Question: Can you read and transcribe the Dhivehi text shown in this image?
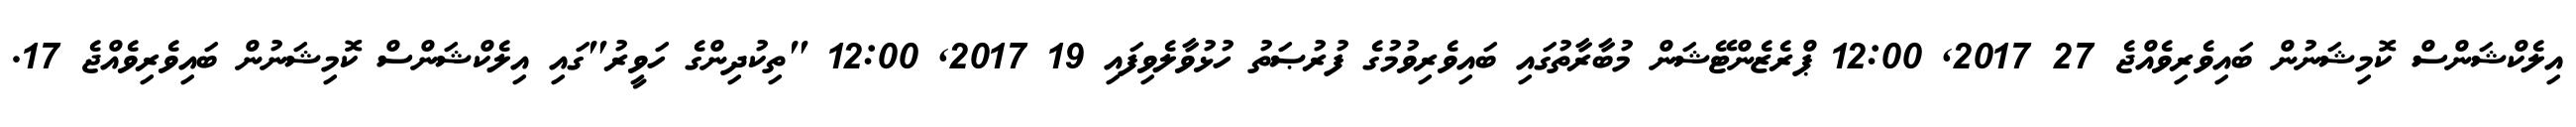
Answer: އިލެކްޝަންސް ކޮމިޝަނުން ބައިވެރިވެއްޖެ 27 2017, 12:00 ޕްރެޒެންޓޭޝަން މުބާރާތުގައި ބައިވެރިވުމުގެ ފުރުޞަތު ހުޅުވާލެވިފައި 19 2017, 12:00 "ތިކުދިންގެ ހަވީރު"ގައި އިލެކްޝަންސް ކޮމިޝަނުން ބައިވެރިވެއްޖެ 17.